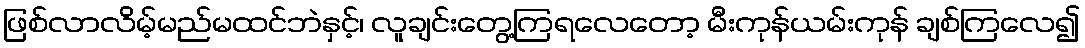
ဖြစ်လာလိမ့်မည်မထင်ဘဲနှင့်၊ လူချင်းတွေ့ကြရလေတော့ မီးကုန်ယမ်းကုန် ချစ်ကြလေ၍